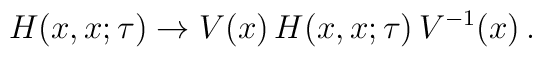
H(x,x;\tau) \to V(x)\, H(x,x;\tau)  \, V^{-1}(x)   \,.